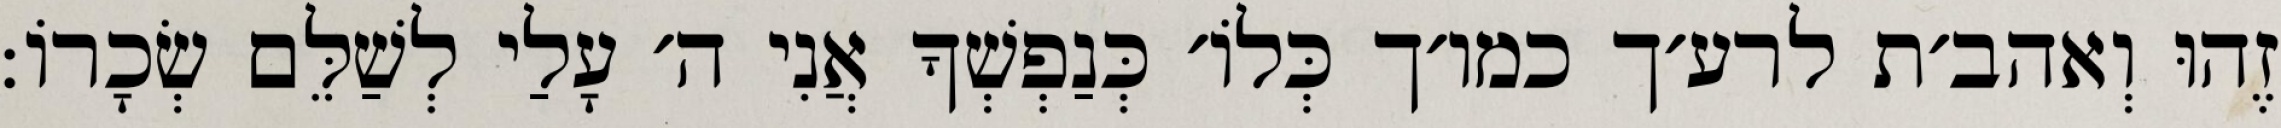
זֶהוּ וְאהב׳ת לרע׳ך כמו׳ך כְּלוֹ׳ כְּנַפְשְׁךָ אֲנִי ה׳ עָלַי לְשַׁלֵּם שְׂכָרוֹ: